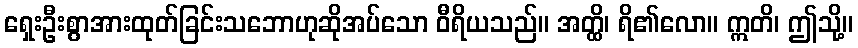
ရှေးဦးစွာအားထုတ်ခြင်းသဘောဟုဆိုအပ်သော ဝီရိယသည်။ အတ္ထိ၊ ရိ၏လော။ ဣတိ၊ ဤသို့။